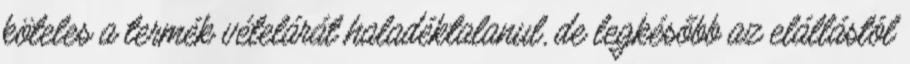
köteles a termék vételárát haladéktalanul, de legkésőbb az elállástól